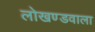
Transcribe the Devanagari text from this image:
लोखण्डवाला